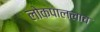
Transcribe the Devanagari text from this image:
लोकपाललाच